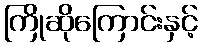
ကြိုဆိုကြောင်းနှင့်